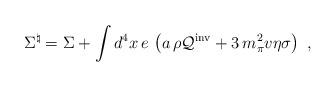
LaTeX: \begin{align*}{\Sigma}^\natural=\Sigma+\int d^4x\,e\,\left(a\,\rho{\cal Q}^{\rm inv}+3\,m_\pi^2v\eta\sigma\right)\,\,, \end{align*}